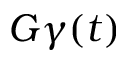
G \gamma ( t )